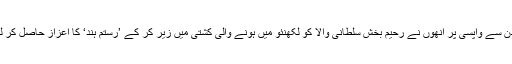
لندن سے واپسی پر انھوں نے رحیم بخش سلطانی والا کو لکھنئو میں ہونے والی کشتی میں زیر کر کے ’رستم ہند‘ کا اعزاز حاصل کر لیا۔